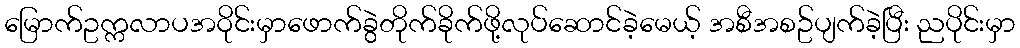
မြောက်ဥက္ကလာပအဝိုင်းမှာဖောက်ခွဲတိုက်ခိုက်ဖို့လုပ်ဆောင်ခဲ့မေယ့် အစီအစဥ်ပျက်ခဲ့ပြီး ညပိုင်းမှာ